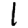
Digit: 1